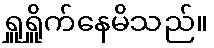
ရှူရှိူက်နေမိသည်။